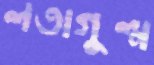
লতাগুল্ম